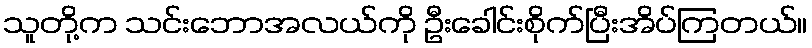
သူတို့က သင်းဘောအလယ်ကို ဦးခေါင်းစိုက်ပြီးအိပ်ကြတယ်။